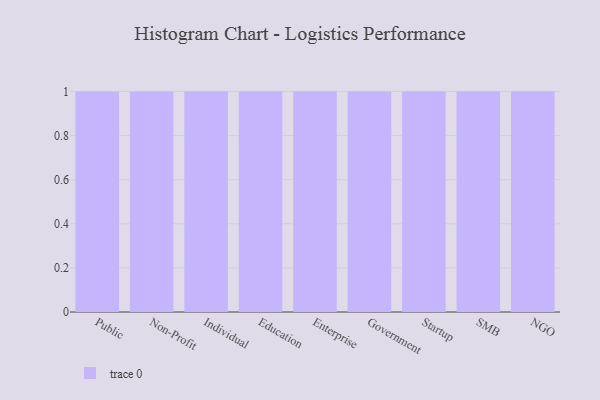
{"axis": {"x": "Segment", "y": "Waste Production (Tons)"}, "legend": [""], "data": [{"x": "Public", "y": 28, "type": ""}, {"x": "Non-Profit", "y": 86, "type": ""}, {"x": "Individual", "y": 86, "type": ""}, {"x": "Education", "y": 46, "type": ""}, {"x": "Enterprise", "y": 34, "type": ""}, {"x": "Government", "y": 49, "type": ""}, {"x": "Startup", "y": 46, "type": ""}, {"x": "SMB", "y": 74, "type": ""}, {"x": "NGO", "y": 5, "type": ""}]}